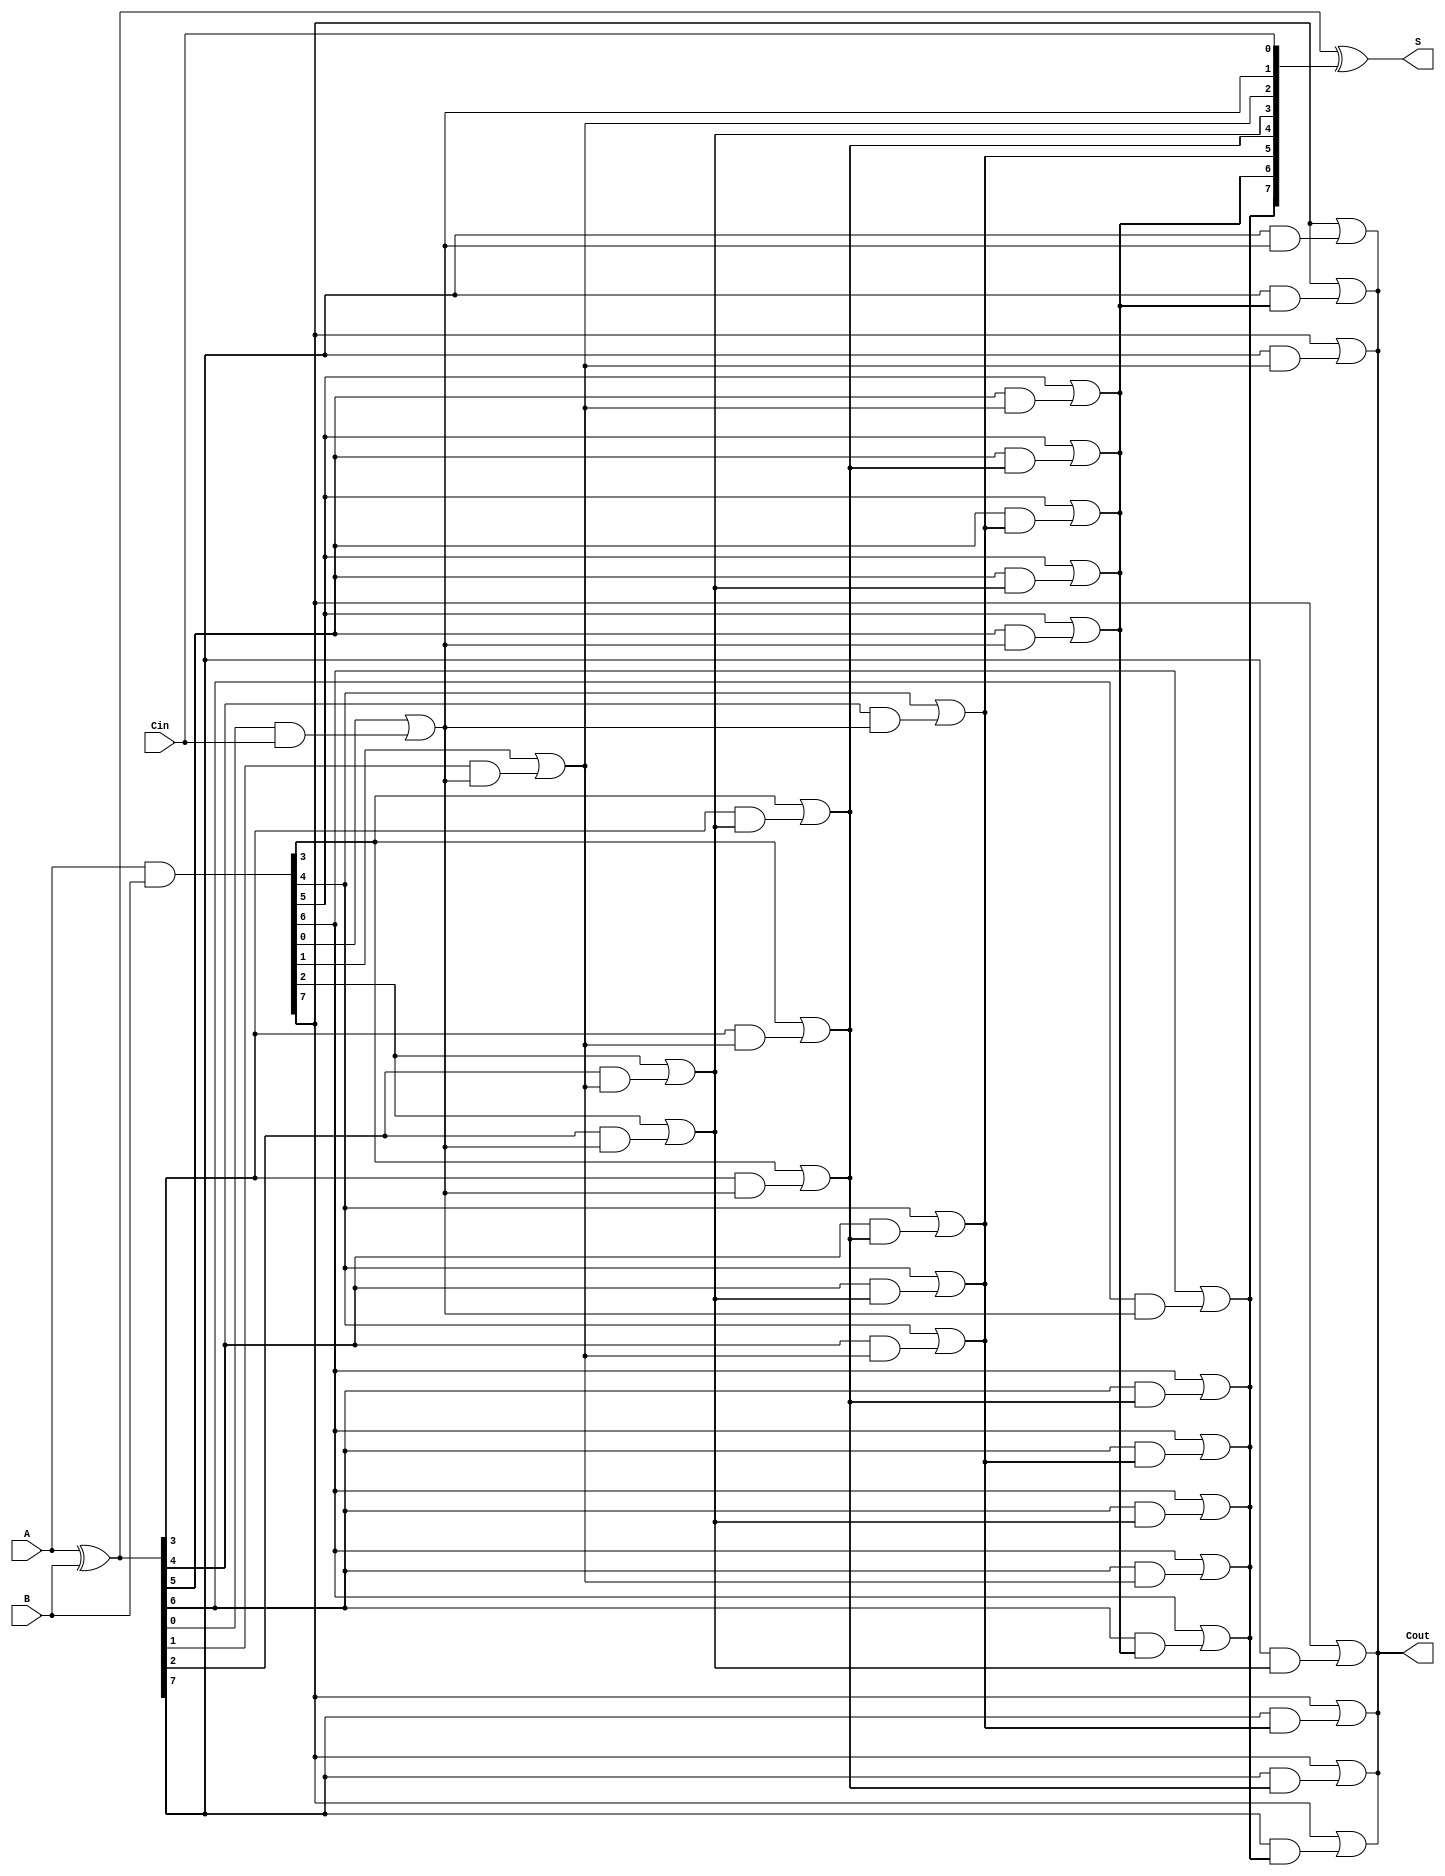
module brent_kung_adder #(parameter n = 8) (
    input [n-1:0] A,      // First n-bit input
    input [n-1:0] B,      // Second n-bit input
    input Cin,            // Carry-in
    output [n-1:0] S,     // n-bit sum output
    output Cout           // Carry-out
);

    // Generate and Propagate signals
    wire [n-1:0] G; // Generate
    wire [n-1:0] P; // Propagate
    wire [n:0] C;   // Carry signals

    // Generate and Propagate calculations
    assign G = A & B;          // G[i] = A[i] AND B[i]
    assign P = A ^ B;          // P[i] = A[i] XOR B[i]

    // Carry signals initialization
    assign C[0] = Cin;         // C[0] = Cin

    // Carry generation using Brent-Kung method
    genvar i, j;
    generate
        // Level 1
        for (i = 0; i < n; i = i + 1) begin : level1
            if (i < n-1) begin
                assign C[i+1] = G[i] | (P[i] & C[i]);
            end
        end

        // Additional levels for carry generation
        for (j = 1; j < n; j = j + 1) begin : levels
            for (i = 0; i < n-j; i = i + 1) begin : carry_gen
                assign C[i+j+1] = G[i+j] | (P[i+j] & C[i+1]);
            end
        end
    endgenerate

    // Sum generation
    assign S = P ^ C[n-1:0]; // S[i] = P[i] XOR C[i]

    // Carry-out
    assign Cout = C[n]; // Cout = C[n]

endmodule